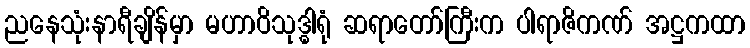
ညနေသုံးနာရီချိန်မှာ မဟာဝိသုဒ္ဓါရုံ ဆရာတော်ကြီးက ပါရာဇိကဏ် အဋ္ဌကထာ